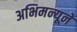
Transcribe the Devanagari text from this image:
अभिमन्यूने